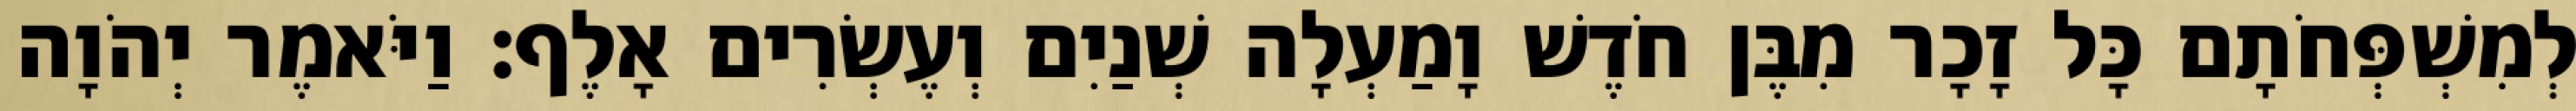
לְמִשְׁפְּחֹתָם כָּל זָכָר מִבֶּן חֹדֶשׁ וָמַעְלָה שְׁנַיִם וְעֶשְׂרִים אָלֶף׃ וַיֹּאמֶר יְהֹוָה